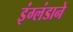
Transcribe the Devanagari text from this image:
इंग्लंडाने